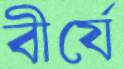
বীর্যে